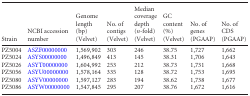
| Strain | NCBI accession number | Genome length (bp) (Velvet) | No. of contigs (Velvet) | Median coverage depth (n-fold) (Velvet) | GC content (%) (Velvet) | No. of genes (PGAAP) | No. of CDS (PGAAP) |
 | --- | --- | --- | --- | --- | --- | --- | --- |
 | PZ5004 | ASZF00000000 | 1,569,902 | 303 | 246 | 38.75 | 1,727 | 1,662 |
 | PZ5024 | ASYS00000000 | 1,496,849 | 413 | 145 | 38.31 | 1,706 | 1,643 |
 | PZ5026 | ASYT00000000 | 1,604,992 | 253 | 212 | 38.73 | 1,731 | 1,668 |
 | PZ5056 | ASYU00000000 | 1,578,164 | 335 | 128 | 38.72 | 1,753 | 1,695 |
 | PZ5080 | ASYV00000000 | 1,597,127 | 283 | 194 | 38.62 | 1,738 | 1,677 |
 | PZ5086 | ASYW00000000 | 1,547,845 | 295 | 207 | 38.76 | 1,672 | 1,616 |